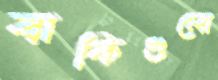
বাকিগুলো